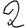
Digit: 2